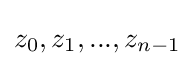
z_{0},z_{1},...,z_{n-1}